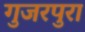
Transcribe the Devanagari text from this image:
गुजरपुरा